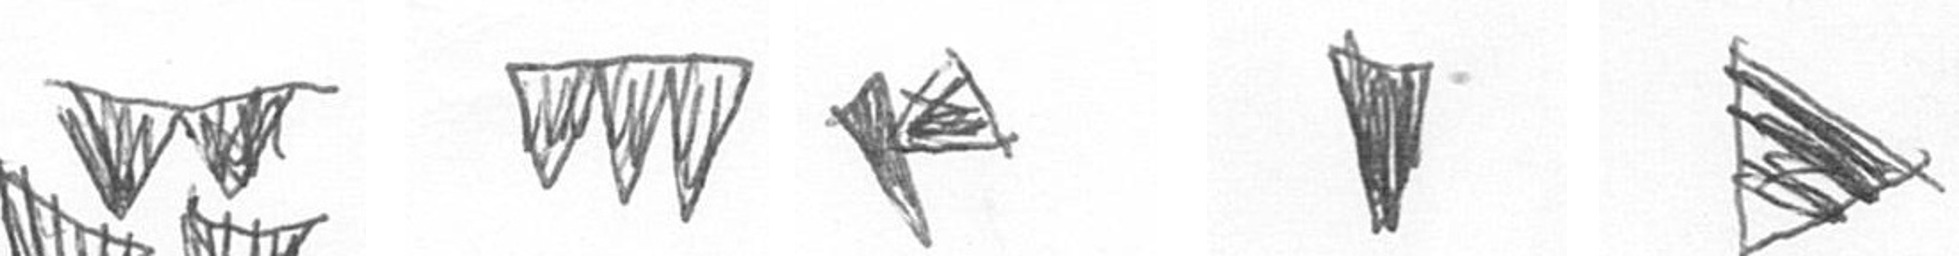
B L F J T